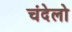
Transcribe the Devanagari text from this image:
चंदेलो